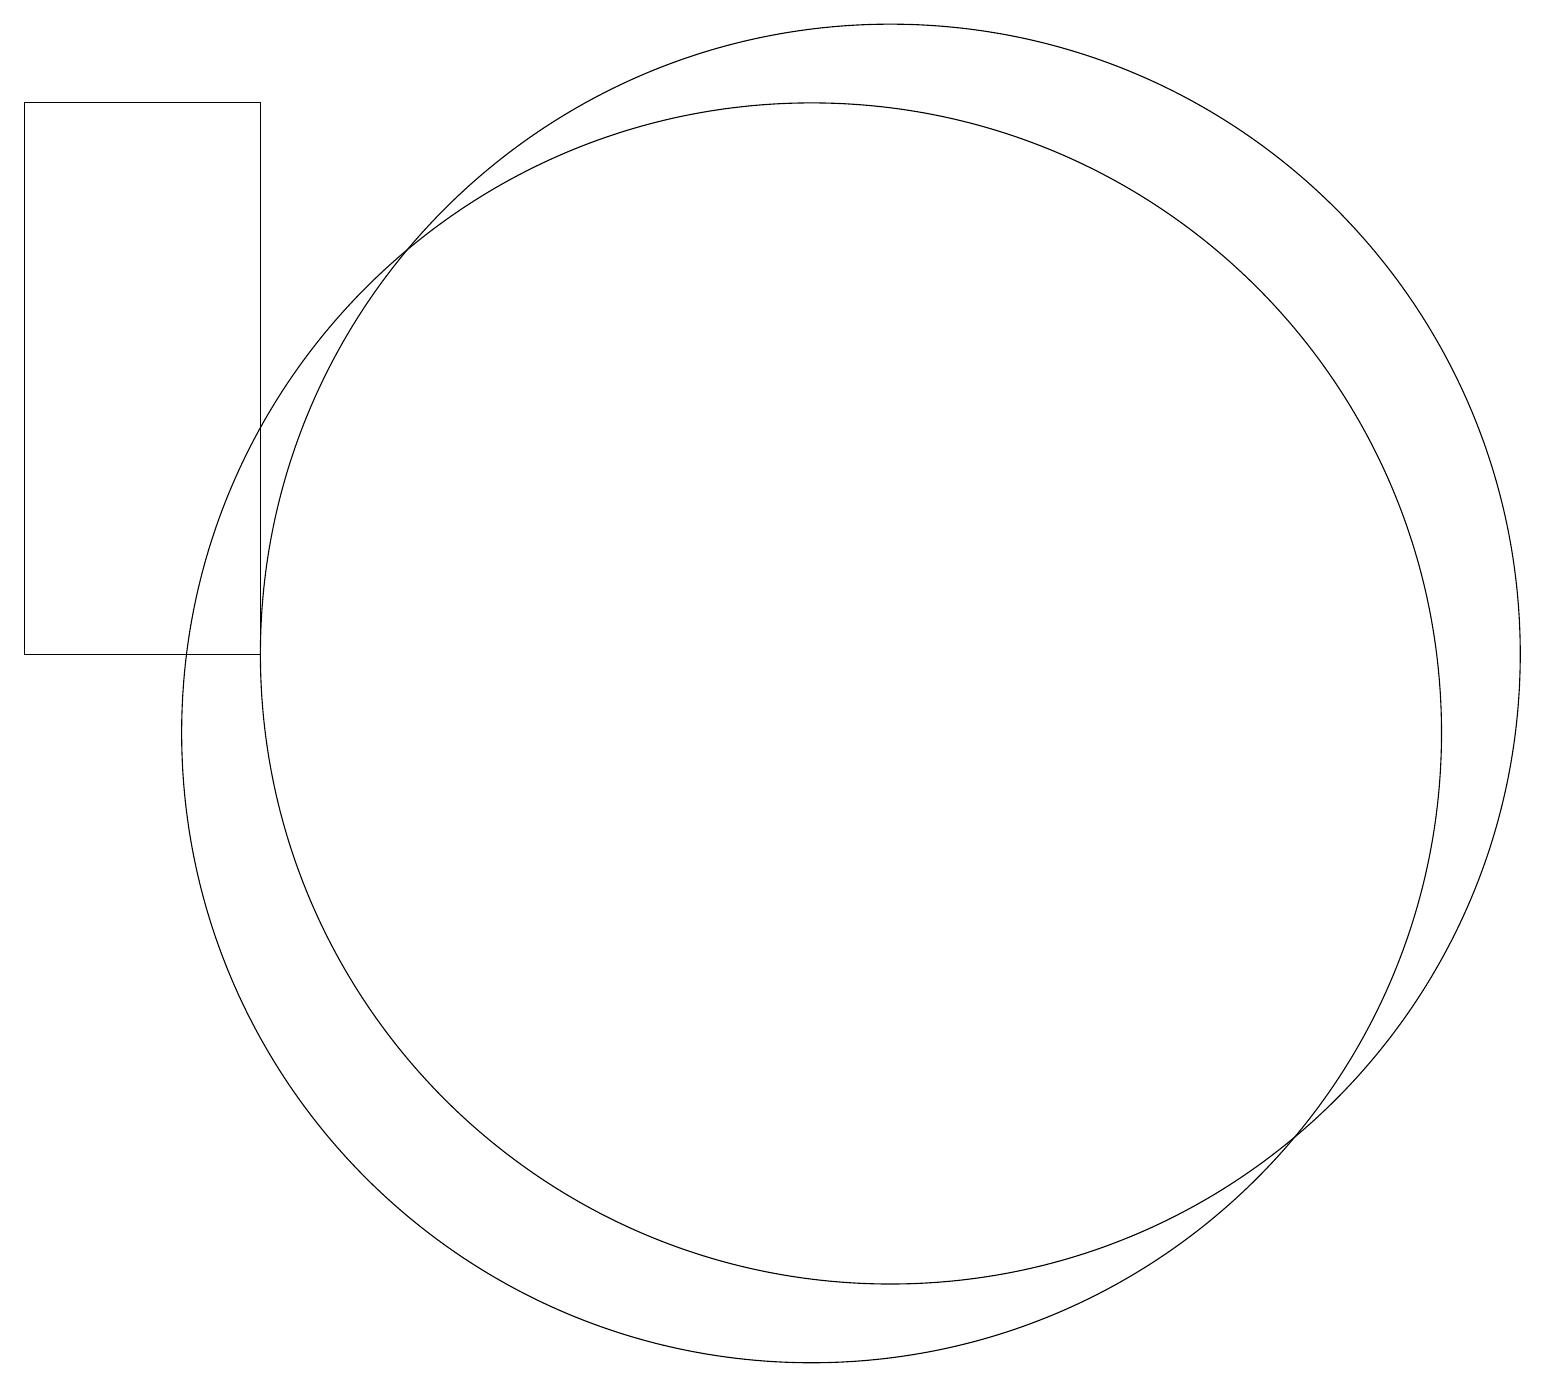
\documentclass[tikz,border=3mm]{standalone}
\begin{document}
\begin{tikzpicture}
\draw (11,10) circle (8);
\draw (12,11) circle (8);
\draw (4,11) rectangle (1,18);
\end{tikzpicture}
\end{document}